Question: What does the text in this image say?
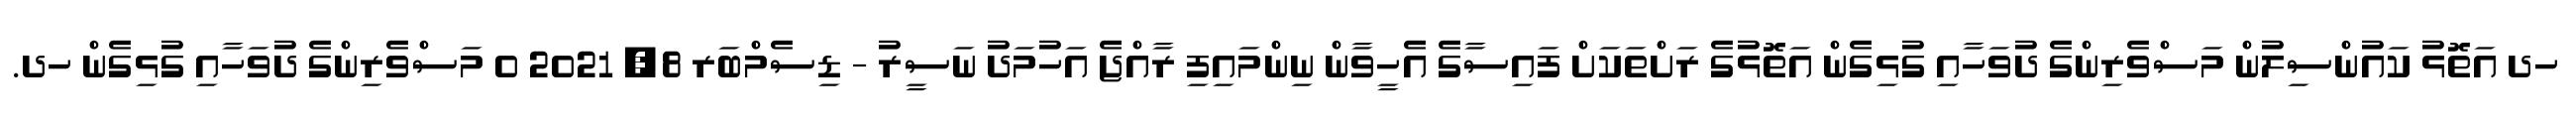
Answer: ހދ އަތޮޅު ކައުންސިލުން މަސްވެރިންގެ ދުވަހާއި ގުޅިގެން އަތޮޅުގެ ރަށްތަކަށް ފައިސާގެ އެހީވާން ނިންމައިފި ރާއްޖެ އަހުމަދު ނަސީރު - ޑިސެމްބަރ 8, 2021 0 މަސްވެރިންގެ ދުވަހާއި ގުޅިގެން ހދ.